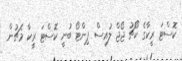
ކޮސްޓަ ރީކާގެ ކޯޗު ޖޯޖް ލުއިސް ޕިންޓޯ ބުނީ ކޮސްޓަ ރީކާ މެޗުން